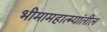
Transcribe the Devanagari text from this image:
भीमामहात्म्यांतील